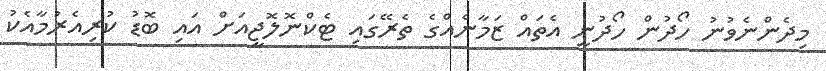
މިދެންނެވުނު ހޯދުން ހޯދުނީ އެތައް ޒަމާނެއްގެ ތެރޭގައި ޓެކްނޮލޮޖީއަށް އައި ބޮޑު ކުރިއެރުމާއެކު